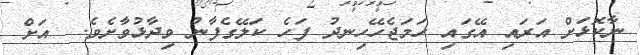
ނާކޮޅަށް އަރައި އޭގައި ހަމަޖެހޭހިނދު ފަހެ ކަލޭގެފާނު ވިދާޅުވާށެވެ.  އަށް